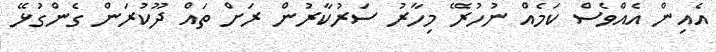
އެއިން އެއްވެސް ކަމެއް ނުހުރޭ މިހާރު ސަރުކާރުން ރަށް ތައް ދޫކުރަން ގެންގުޅޭ